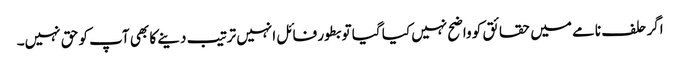
اگر حلف نامے میں حقائق کو واضح نہیں کیا گیا تو بطور فائل انہیں ترتیب دینے کا بھی آپ کو حق نہیں۔